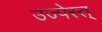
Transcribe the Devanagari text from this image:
उज्पेस्त्